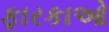
ફારકાઓ